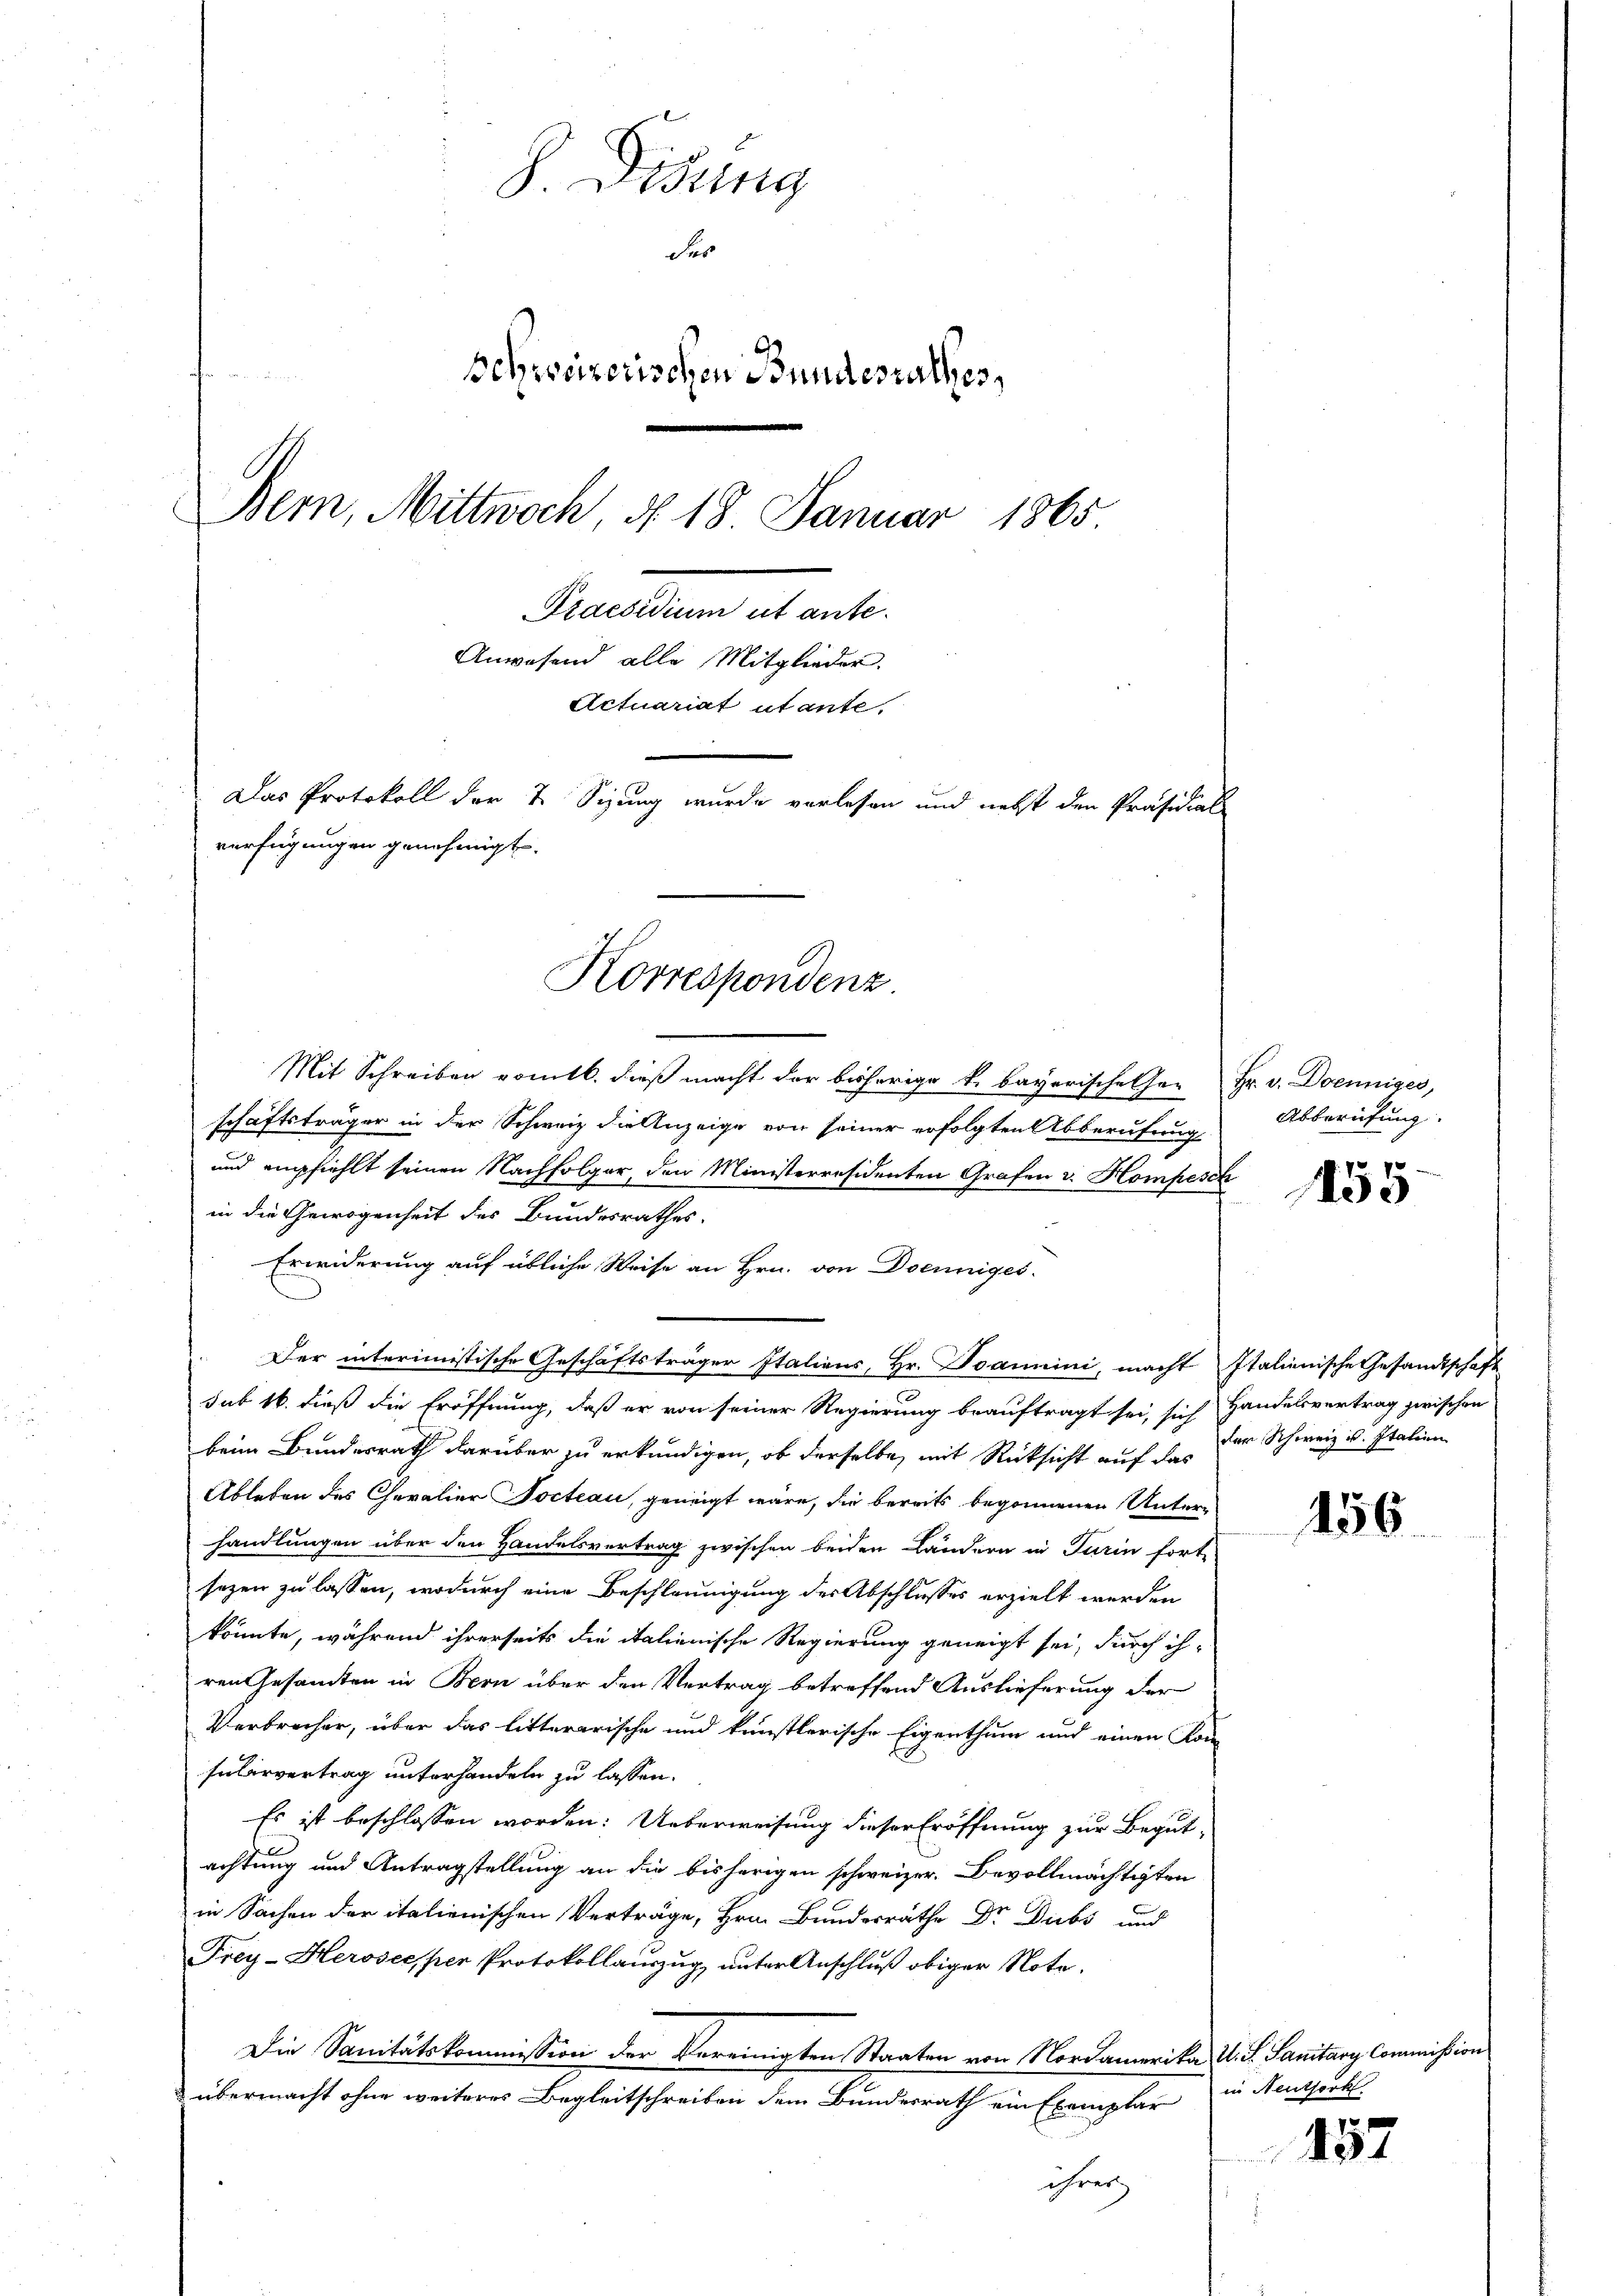
8 Didung
des
schweizerischen Bundesrathes,
Bern, Mittwoch, d. 18. Januar 1865
Secettenen es weiter
Anwesend alle Mitglieder.
Actuariat utante,
Das Protokoll der & Sizung wurde vorlesen und nebst den Präsidials
verfügungen genehmigt.

Korrespondenz

Mit Schreiben vomtl. dieß macht der bisherige k. bayerische er Hr. v. Denniges,
schäftsträger in der Schweiz die Anzeige von seiner erfolgten Abberufung
und empfiehlt seinen Nachfolger, den Ministerresidenten Grafen v. Hompesch
 in die Gewogenheit des Bundesrathes.
Erwiderung auf übliche Weise an Hrn. von Doenniges.
Der interimistische Geschäftsträger Italiens, Hr. Joanini, macht Italienische Gesandtschaft
sub 16. dieß die Eröffnung, daß er von seiner Regierung beauftragt sei, sich Handelsvertrag zwischen
beim Bundesrath darüber zu erkundigen, ob derselbe, mit Rücksicht auf das der Schweiz u. Italien
Ableben des Chevalier Pocteau, geneigt wäre, die bereits begonnenen Unterhandlungen über den Handelsvertrag zwischen beiden Ländern in Turin fort-
sezen zu lassen, wodurch eine Beschleunigung der Abschlusses erzielt werden
könnte, während ihrerseits die italienische Regierung geneigt sei, durch ihren Gesamten in Bern über den Vertrag betreffend Auslieferung der
Verbrecher, über das litterarische und künstlerische Eigenthum und einen Kom
Fularvertrag unterhandeln zu lassen.
Es ist beschlossen worden: Ueberweisung dieser Eröffnung zur Begut-
achtung und Antragstellung an die bisherigen schweizer. Bevollmächtigten
in Sachen der italienischen Verträge, Hrn. Bundesräthe Dr. Dubs und
Frey-Herosees per Protokollauszug unter Anschluß obiger Note.
Die Sanitätskommission der Vereinigten Staaten von Nordamerika S. S. Sanitary Commission
übermacht ohne weiteres Begleitschreiben dem Bundesrath ein Exemplar in Neutserk
ihrer

Abberufung.

: No 70
1250

456

157